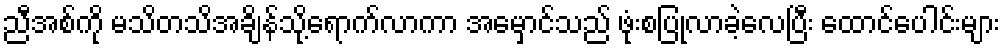
ညီအစ်ကို မသိတသိအချိန်သို့ရောက်လာကာ အမှောင်သည် ဖုံးစပြုလာခဲ့လေပြီး ထောင်ပေါင်းများ